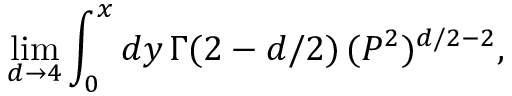
\operatorname * { l i m } _ { d \rightarrow 4 } \int _ { 0 } ^ { x } d y \, \Gamma ( 2 - d / 2 ) \, ( P ^ { 2 } ) ^ { d / 2 - 2 } ,